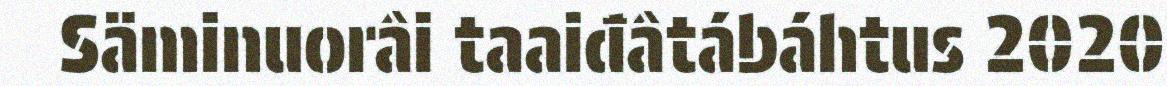
Säminuorâi taaiđâtábáhtus 2020